Punjab Mental Hospital Lahore 1932-46 - 1932-1946
Year: 1932
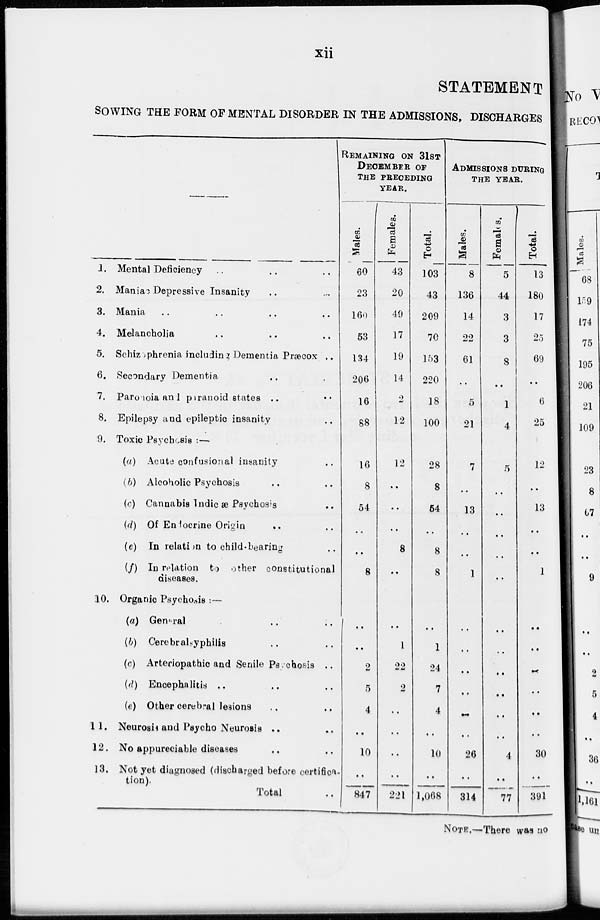
xii
STATEMENT
SOWING THE FORM OF MENTAL DISORDER IN THE ADMISSIONS, DISCHA
1. Mental Deficiency .. .. ..
2. Maniac Depressive Insanity .. ..
3. Mania .. .. .. ..
4. Melancholia .. .. ..
5. Schizophrenia including Dementia Præcox ..
6. Secondary Dementia .. ..
7. Paronoia an 1 paranoid states .. ..
8. Epilepsy and epileptic insanity ..
9. Toxic Psychosis :—
(a) Acute confusional insanity ..
(b) Alcoholic Psychosis .. ..
(c) Cannabis Indic æ Psychosis ..
(d) Of Endocrine Origin
.. ..
(e) In relation to child-bearing ..
(f) In relation to other constitutional
diseases.
10. Organic Psychosis :—
(a) General .. ..
(b) Cerebralsyphilis ..
(c) Arteriopathic and Senile Psychosis ..
(d) Encephalitis .. .. ..
(e) Other cerebral lesions .. ..
11. Neurosis and Psycho Neurosis ..
12. No appureciable diseases .. ..
13. Not yet diagnosed (discharged before certified
tion).
Total ..
REMAINING ON 31ST
DECEMBER OF
THE PRECEDING
YEAR.
Males.
60
23
160
53
134
206
16
88
16
8
54
..
..
8
..
..
2
5
4
..
10
..
847
Females.
43
20
49
17
19
14
2
12
12
..
..
..
8
..
..
1
22
2
..
..
..
..
221
Total.
103
43
209
70
153
220
18
100
28
8
54
..
8
8
..
1
24
7
4
..
10
..
1,068
ADMISSIONS DURING
THE YEAR.
Males.
8
136
14
22
61
..
5
21
7
..
13
..
..
1
..
..
..
..
..
..
26
..
314
Females.
5
44
3
3
8
..
1
4
5
..
..
..
..
..
..
..
..
..
..
4
..
77
Total.
13
180
17
25
69
..
6
25
12
..
13
..
..
1
..
..
..
..
..
..
30
..
391
NOTE.—There was no